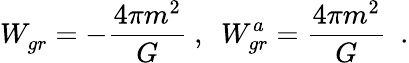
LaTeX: W_{gr}^{}=-{\frac{4\pi m^{2}}{G}}~,~~W_{gr}^{a}={\frac{4\pi m^{2}}{G}}~~.